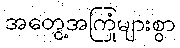
အတွေ့အကြုံများစွာ